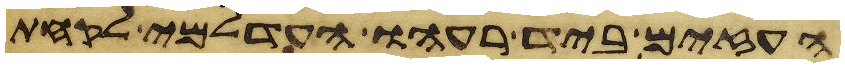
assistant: העזים ביד רעהו העדלמי לקחת